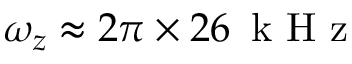
\omega _ { z } \approx 2 \pi \times 2 6 \, \mathrm { ~ k ~ H ~ z ~ }